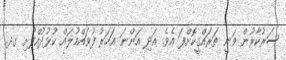
ސަރުކާރުން ވަނީ ތަރައްގީކޮށްފަ އެވެ. އަދި އަންނަ އަހަރު ފުވައްމުލައް ކުޅުދުއްފުށި ގދ.